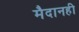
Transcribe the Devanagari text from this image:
मैदानही